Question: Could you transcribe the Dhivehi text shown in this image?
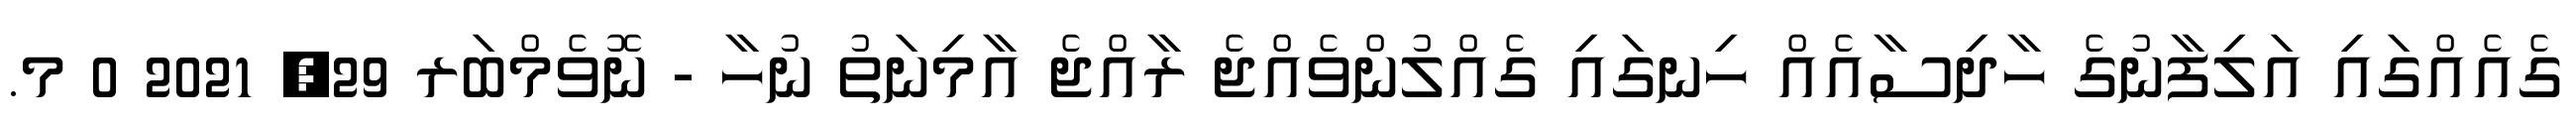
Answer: ގެއެއްގައި އަލިފާނުގެ ހާދިސާއެއް ހިނގައި ގެއްލުންވެއްޖެ ރާއްޖެ އާމިނަތު ނުހާ - ނޮވެމްބަރ 29, 2021 0 މ.